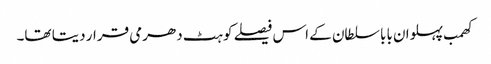
کھمب پہلوان بابا سلطان کے اس فیصلے کو ہٹ دھرمی قرار دیتا تھا۔